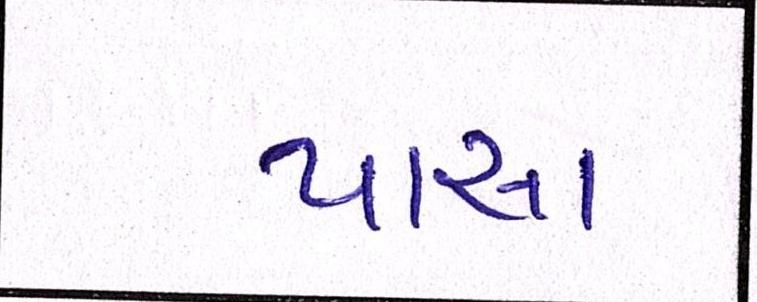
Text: પાસા